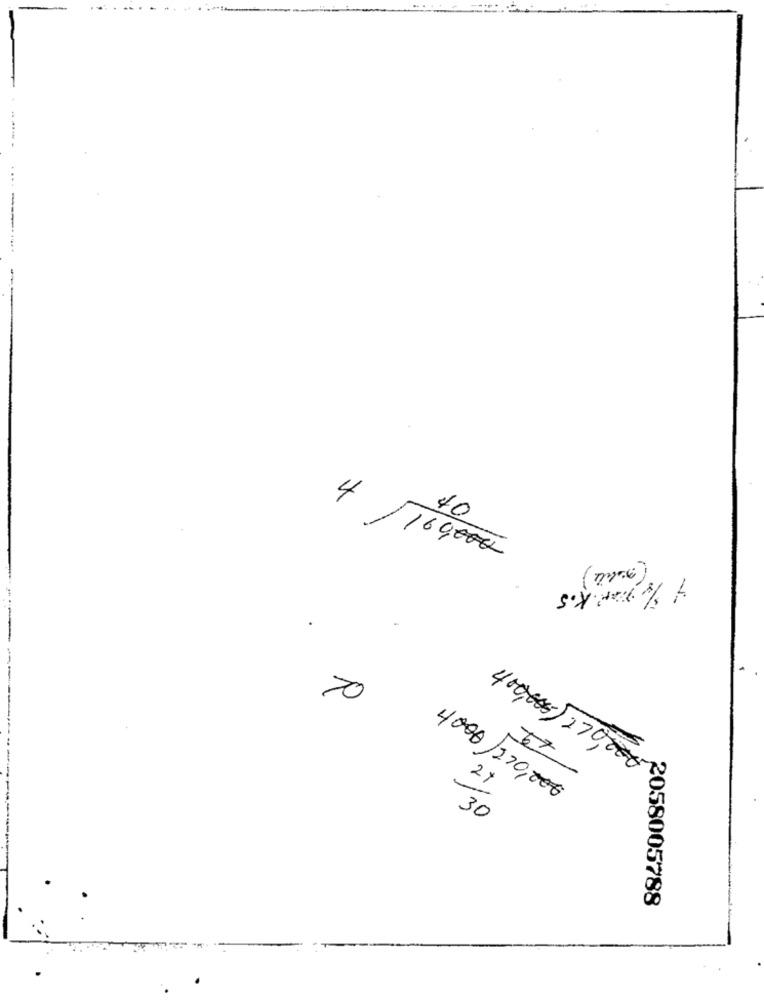
----
40
160,00€
70
21
400,005)270,000
4000/270,000
----
30